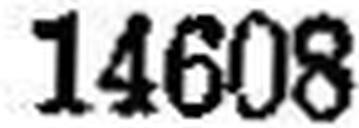
14608